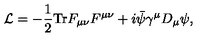
{ \cal L } = - { \frac { 1 } { 2 } } \mathrm { T r } F _ { \mu \nu } F ^ { \mu \nu } + i \bar { \psi } \gamma ^ { \mu } D _ { \mu } \psi ,